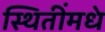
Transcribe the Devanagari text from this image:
स्थितींमधे